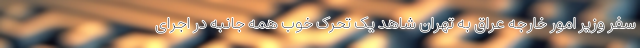
سفر وزیر امور خارجه عراق به تهران شاهد یک تحرک خوب همه جانبه در اجرای